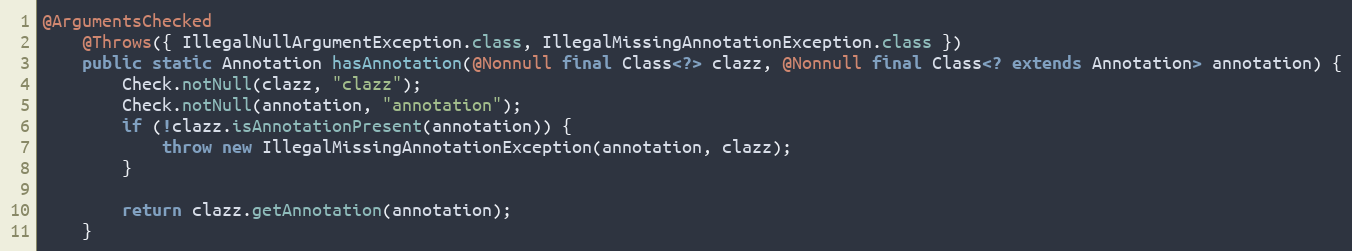
Language: Java
@ArgumentsChecked
	@Throws({ IllegalNullArgumentException.class, IllegalMissingAnnotationException.class })
	public static Annotation hasAnnotation(@Nonnull final Class<?> clazz, @Nonnull final Class<? extends Annotation> annotation) {
		Check.notNull(clazz, "clazz");
		Check.notNull(annotation, "annotation");
		if (!clazz.isAnnotationPresent(annotation)) {
			throw new IllegalMissingAnnotationException(annotation, clazz);
		}

		return clazz.getAnnotation(annotation);
	}